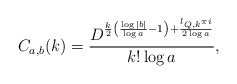
\begin{align*} C_{a,b}(k)=\frac{D^{\frac{k}{2}\left( \frac{\log |b|}{\log a}-1\right) +\frac{l_{Q,k}\pi i}{2\log a}}}{k!\log a},\end{align*}